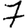
Digit: 7